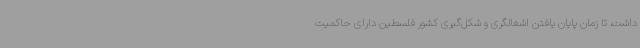
داشت، تا زمان پایان یافتن اشغالگری و شکل‌گیری کشور فلسطین دارای حاکمیت